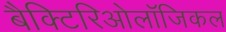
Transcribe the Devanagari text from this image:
बैक्टिरिओलॉजिकल